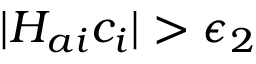
| H _ { a i } c _ { i } | > \epsilon _ { 2 }